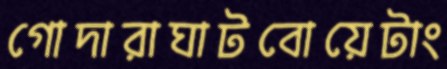
গোদারাঘাটবোয়েটাং